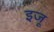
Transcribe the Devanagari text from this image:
इजू